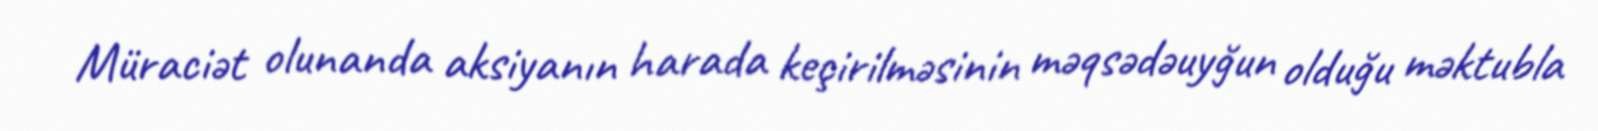
Müraciət olunanda aksiyanın harada keçirilməsinin məqsədəuyğun olduğu məktubla